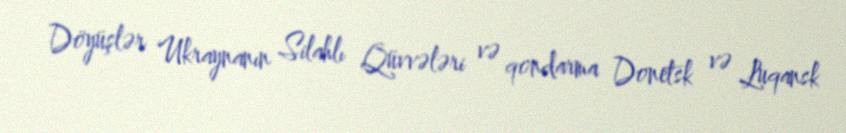
Döyüşlər Ukraynanın Silahlı Qüvvələri və qondarma Donetsk və Luqansk